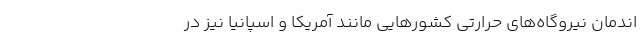
اندمان نیروگاه‌های حرارتی کشور‌هایی مانند آمریکا و اسپانیا نیز در